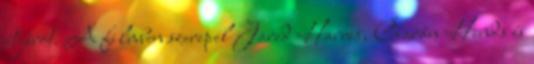
átjárót. A filmben szerepel Jared Harris, Ciarán Hinds és